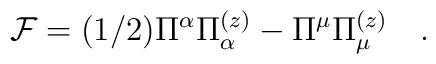
{\cal F}=(1/2)\Pi^\alpha\Pi_\alpha^{(z)}-\Pi^\mu\Pi_\mu^{(z)}\quad.